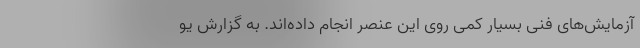
آزمایش‌های فنی بسیار کمی روی این عنصر انجام داده‌اند. به گزارش یو